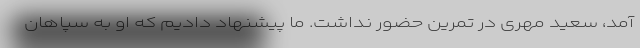
آمد، سعید مهری در تمرین حضور نداشت. ما پیشنهاد دادیم که او به سپاهان